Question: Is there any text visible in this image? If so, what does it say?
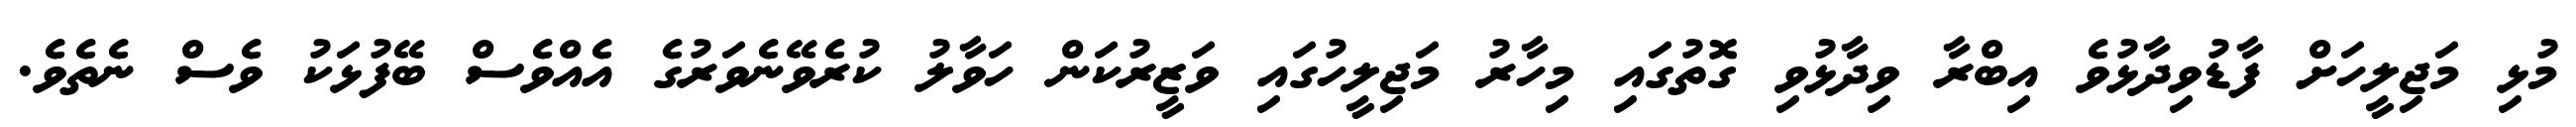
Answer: މުޅި މަޖިލީހަށް ފާޑުވިދާޅުވެ އިބްރާ ވިދާޅުވި ގޮތުގައި މިހާރު މަޖިލީހުގައި ވަޒީރުކަން ހަވާލު ކުރެވޭނެވަރުގެ އެއްވެސް ބޭފުޅަކު ވެސް ނެތެވެ.